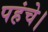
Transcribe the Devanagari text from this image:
पहंचे।